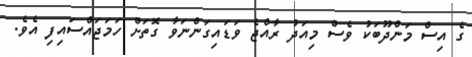
ގެ އިސް މަންދޫބަކު ވެސް މިއަދު ރާއްޖެ ވަޑައިގަންނަވާ ގޮތަށް ހަމަޖައްސައިފި އެވެ.